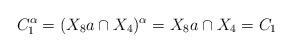
LaTeX: \begin{align*}C_1^{\alpha}=(X_8a\cap X_4)^{\alpha}=X_8a\cap X_4=C_1\end{align*}